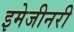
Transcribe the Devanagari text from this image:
इमेजीनरी